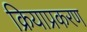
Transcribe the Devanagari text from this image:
क्रियाप्रकरण